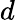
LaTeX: d